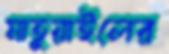
মাতুয়াইলের